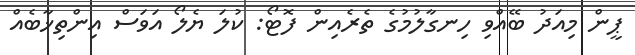
ޕީން މިއަދު ބޭއްވި ހިނގާލުމުގެ ތެރެއިން ފޮޓޯ: ކުލަ ޔެލޯ އަވަސް އިންތިޚާބެއް